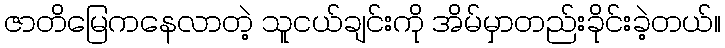
ဇာတိမြေကနေလာတဲ့ သူငယ်ချင်းကို အိမ်မှာတည်းခိုင်းခဲ့တယ်။